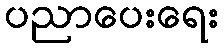
ပညာပေးရေး